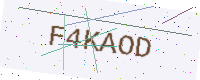
Text: F4KAOD